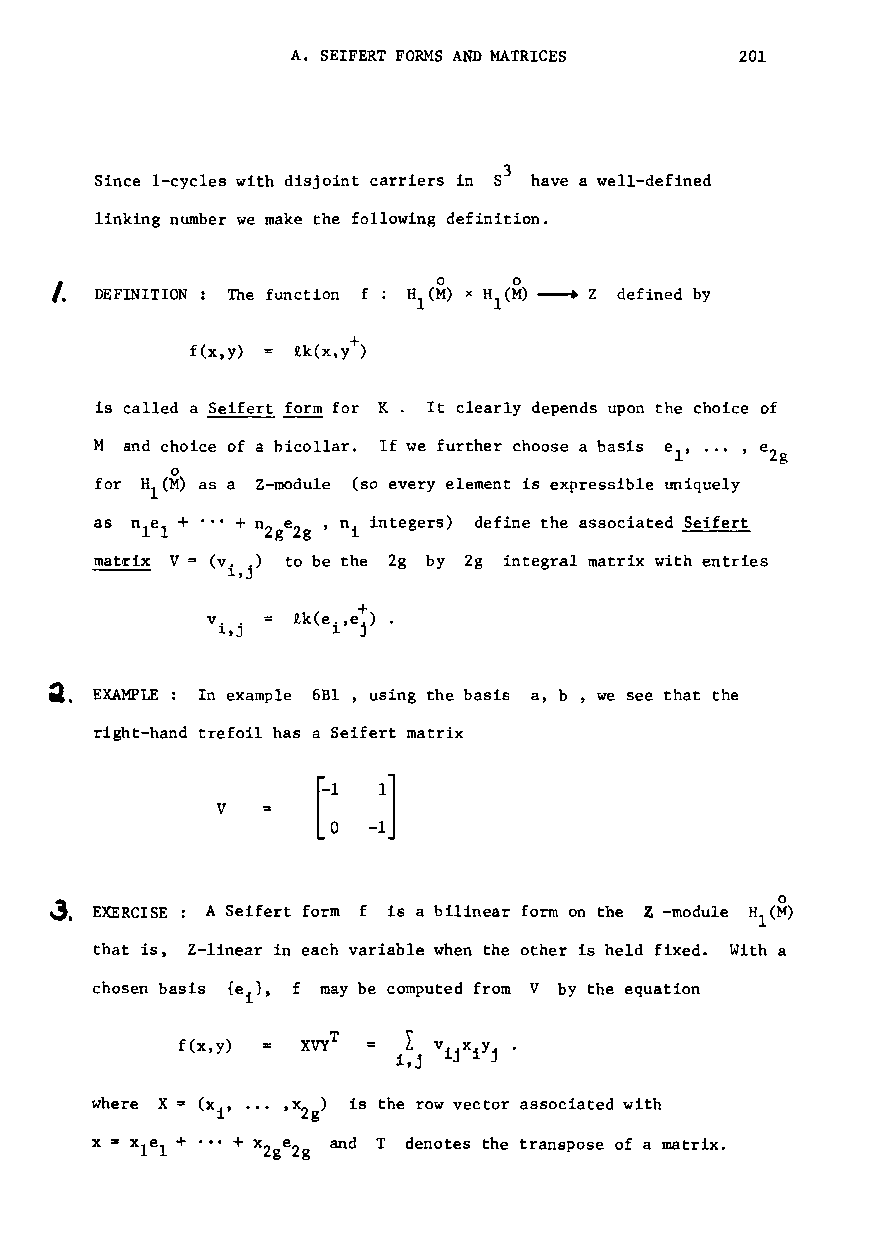
A. SEIFERT FORMS AND MATRICES 201
 3
 Since I-cycles with disjoint carriers in 8 have a well-defined
 linking number we make the following definition.
 I.                        o    0
 DEFINITION The function f HI(M) x HI(M) ---+ Z defined by
 f(x,y)
 is called a Seifert form for K. It clearly depends upon the choice of
 M and choice of a bicollar. If we further choose a basis e , ..• , e
 l     Zg
 o
 for HI(M) as a Z-module (so every element is expressible uniquely
 as nle + ... + nZge , n integers) define the associated Seifert
 l       Zg  i
 mat~ix V= (v..) to be the 2g by 2g integral matrix with entries
 ---      1,J
 +
 v J. .,.
 J
 1k(e1.,e
 j
 )
 ~. EXAMPLE: In example 6Bl, using the basis a, b , we see that the
 right-hand trefoil has a Seifert matrix
 r-1 1]
 v      lo
 -1
 3. EXERCISE A Seifert form f is a bilinear form on the Z-module Hl(~o )
 that is, Z-linear in each variable when the other is held fixed. With a
 chosen basis {e }, f may be computed from V by the equation
 i
 £(x,y)
 where X= (xi' ..• ,x ) is the row vector associated with
 2g
 x =xle + ... + x e and T denotes the transpose of a matrix.
 1     Zg 2g